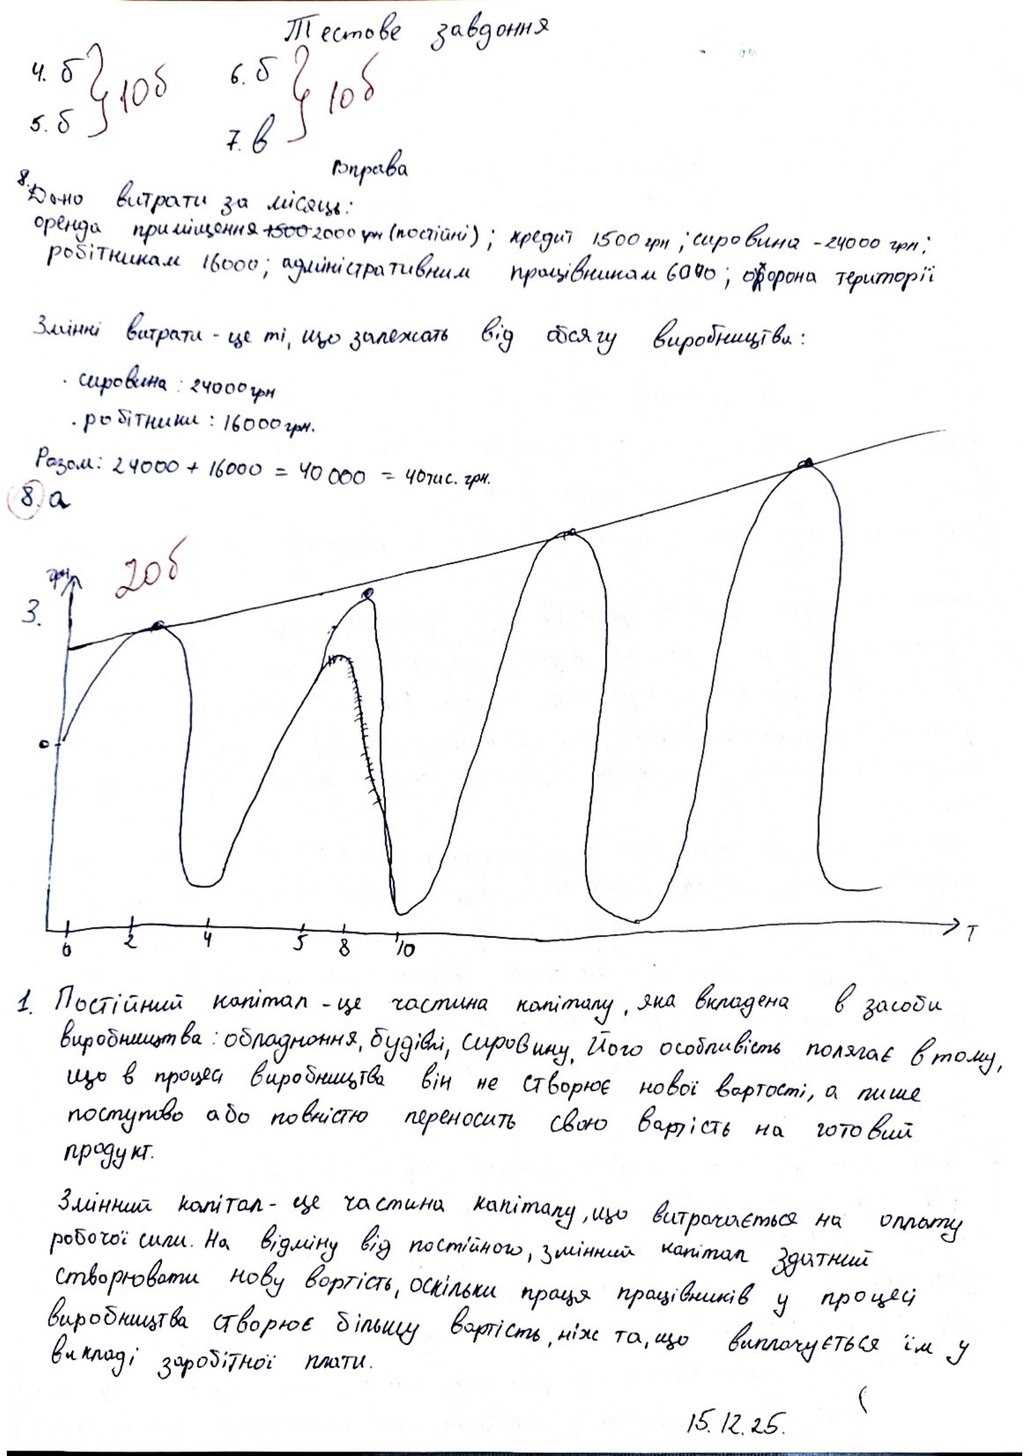
Тестове завдання
{ 10б
4. δ
6. б
{10 б
5. δ
7.в
Вправа.
Дано витрати за місяць:
оренда приміщення ~~ 1500~~2000 грн (постійні); кредит 1500 грн; сировина - 24000 грн;
робітникам 16000; адміністративним працівникам 6000; о~~р~~хорона території
Змінні витрати - це ті, що залежать від обсягу виробництва:
сировина : 24000 грн
. робітники : 16000 грн.
Разом: 24000 + 16000 = 40 000 = 40 тис. грн.
8 a
1. Постійний капітал - це частина капіталу, яка вкладена в засоби
виробництва: обладнання, будівлі, сировину, Його особливість полягає в тому,
що в процесі виробництва він не створює нової вартості, а лише
поступово або повністю переносить свою вартість на готовий
продукт.
Змінний капітал - це частина капіталу, що витрачається на оплату
робочої сили. На відміну від постійного, змінний капітал здатний
створювати нову вартість, оскільки праця працівників у процесі
виробництва створює більшу вартість, ніж та, що виплачується їм у
вигляді заробітної плати.
15.12.25.